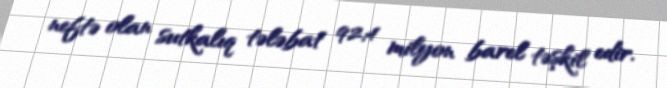
neftə olan sutkalıq tələbat 92,4 milyon barel təşkil edir.